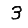
Digit: 3